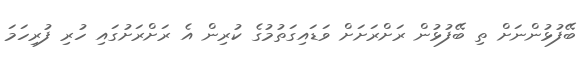
ބޭފުޅުންނަށް ތި ބޭފުޅުން ރަށްރަށަށް ވަޑައިގަތުމުގެ ކުރިން އެ ރަށްރަށުގައި ހުރި ފުރިހަމަ